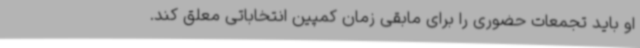
او باید تجمعات حضوری را برای مابقی زمان کمپین انتخاباتی معلق کند.